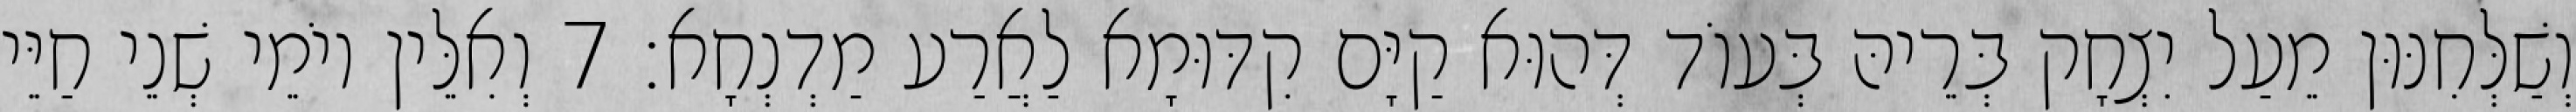
וְשַׁלְּחִנּוּן מֵעַל יִצְחָק בְּרֵיהּ בְּעוֹד דְּהוּא קַיָּם קִדּוּמָא לַאֲרַע מַדְנְחָא׃ 7 וְאִלֵּין יוֹמֵי שְׁנֵי חַיֵּי